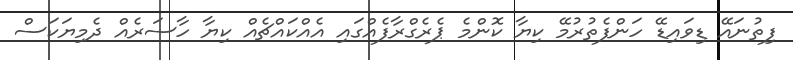
ފިތުނައޭ ޑިވައިޑޭ ހަންފެތުރުމޭ ކިޔާ ކޮންމެ ޕެރެގްރާފެއްގައި އެއްކައްޗެއް ކިޔާ ހާސަރެއް ދެމިޔަކަސް